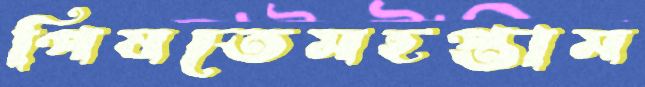
পিষতেমহপ্তাম